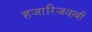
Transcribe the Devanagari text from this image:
हजारिजवाबी